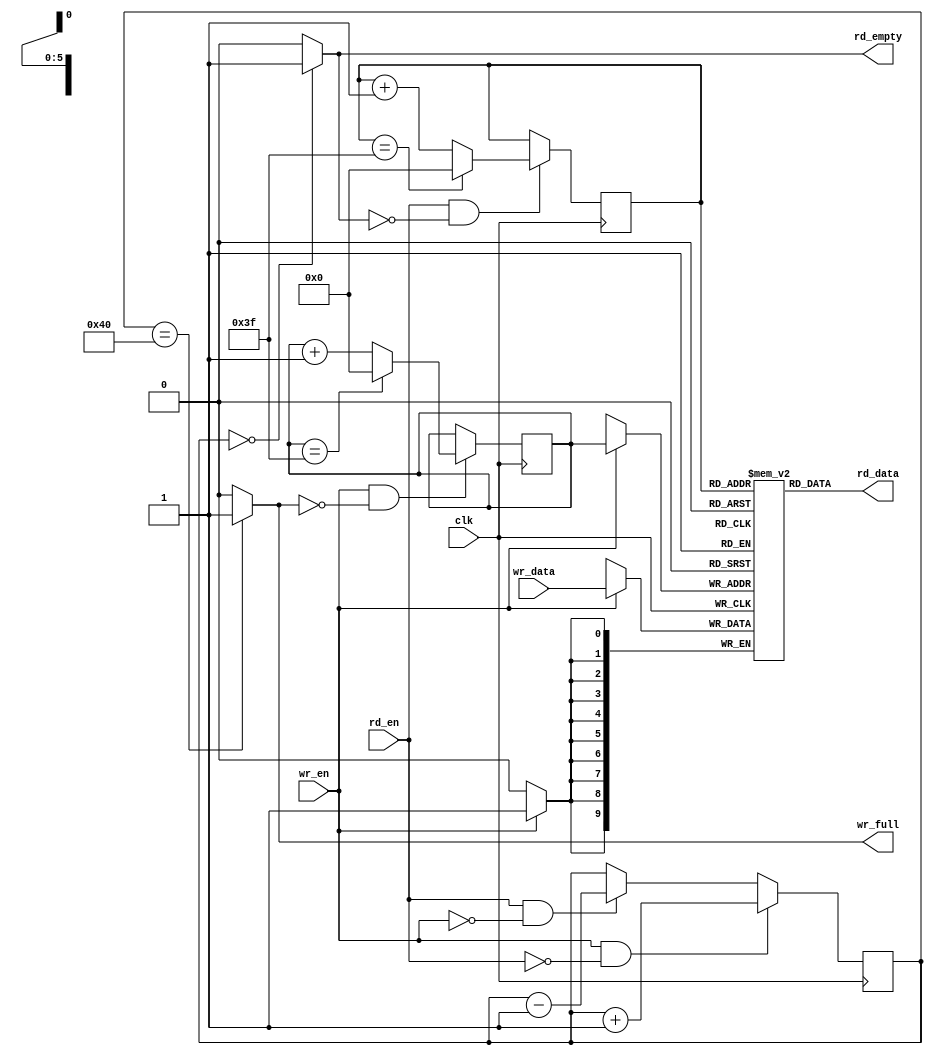
module fifo_ram#(
    parameter DATA_WIDTH = 10,
    parameter DATA_DEPTH = 64
)
(
    input                       clk,
    //write port
    input                       wr_en,
    input [DATA_WIDTH - 1 : 0]  wr_data,
    output                      wr_full,
    //read port
    input                       rd_en,
    output [DATA_WIDTH - 1 : 0] rd_data,
    output                      rd_empty
);

//define ram
    (*ram_style = "block" *) reg [DATA_WIDTH - 1 : 0] fifo_buffer[DATA_DEPTH - 1 : 0];
    reg [$clog2(DATA_DEPTH) : 0] fifo_cnt = 0;

    reg [$clog2(DATA_DEPTH) - 1 : 0] wr_pointer = 0;
    reg [$clog2(DATA_DEPTH) - 1 : 0] rd_pointer = 0;
    
// keep track of the  fifo counter
always @(posedge clk) begin
    if (wr_en && !rd_en) begin //wr_en is asserted and fifo is not full
        fifo_cnt <= fifo_cnt + 1;
    end
    else if (rd_en && !wr_en) begin // rd_en is asserted and fifo is not empty
        fifo_cnt <= fifo_cnt - 1;
    end
end

//keep track of the write  pointer
always @(posedge clk) begin
    if (wr_en && !wr_full) begin
        if (wr_pointer == DATA_DEPTH - 1) begin
            wr_pointer <= 0; 
        end
        else begin
            wr_pointer <= wr_pointer + 1;
        end
    end
end

//keep track of the read pointer 
always @(posedge clk) begin
    if (rd_en && !rd_empty) begin
        if (rd_pointer == DATA_DEPTH - 1) begin
            rd_pointer <= 0;
        end
        else begin
            rd_pointer <= rd_pointer + 1;
        end
    end
end
    
//write data into fifo when wr_en is asserted
always @(posedge clk) begin
    if (wr_en) begin
        fifo_buffer[wr_pointer] <= wr_data;
    end
end

//read data from fifo when rd_en is asserted
//assign rd_data = (rd_en) ? fifo_buffer[rd_pointer] : 1'b0;
assign rd_data = fifo_buffer[rd_pointer];

assign wr_full = (fifo_cnt == DATA_DEPTH)? 1 : 0;
assign rd_empty = (fifo_cnt == 0) ? 1 : 0;
    
endmodule